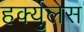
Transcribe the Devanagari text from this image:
हर्क्युलेस